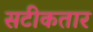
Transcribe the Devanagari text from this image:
सटीकतार